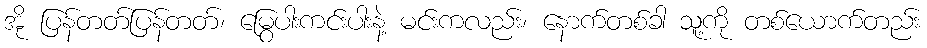
အို ပြန်တတ်ပြန်တတ်၊ မြွေပါးကင်းပါးနဲ့ မင်းကလည်း၊ နောက်တစ်ခါ သူ့ကို တစ်ယောက်တည်း